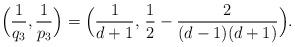
LaTeX: \begin{align*}\Bigl(\frac{1}{q_3}, \frac{1}{p_3} \Bigr) = \Bigl(\frac{1}{d+1}, \, \frac{1}{2} - \frac{2}{(d-1)(d+1)}\Bigr).\end{align*}